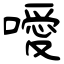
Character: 噯